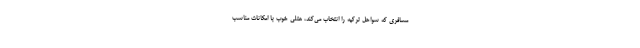
مسافری که سواحل ترکیه را انتخاب می‌کند، هتلی خوب با امکانات مناسب